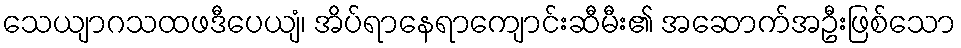
သေယျာဂသထဖဒီပေယျံ၊ အိပ်ရာနေရာကျောင်းဆီမီး၏ အဆောက်အဦးဖြစ်သော